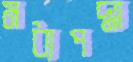
মধ্যপদ্মা